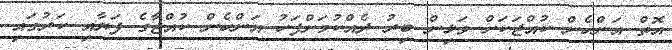
އޮތް އަންހެން ކުއްޖަކަށް ވަޅިން ބިރު ދެއްކުމަށްފަހު އަންހެން ކުއްޖާގެ ފަޔާއި ކަރުގައި